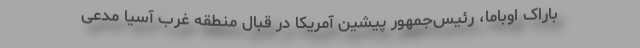
باراک اوباما، رئیس‌جمهور پیشین آمریکا در قبال منطقه غرب آسیا مدعی